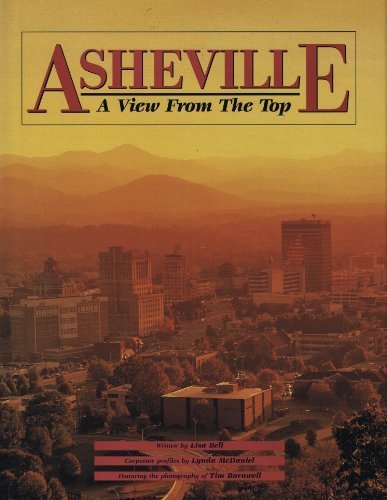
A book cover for Asheville: A View from the Top; Lynda McDaniel; Travel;